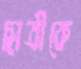
ছাত্রীকে